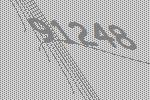
91248